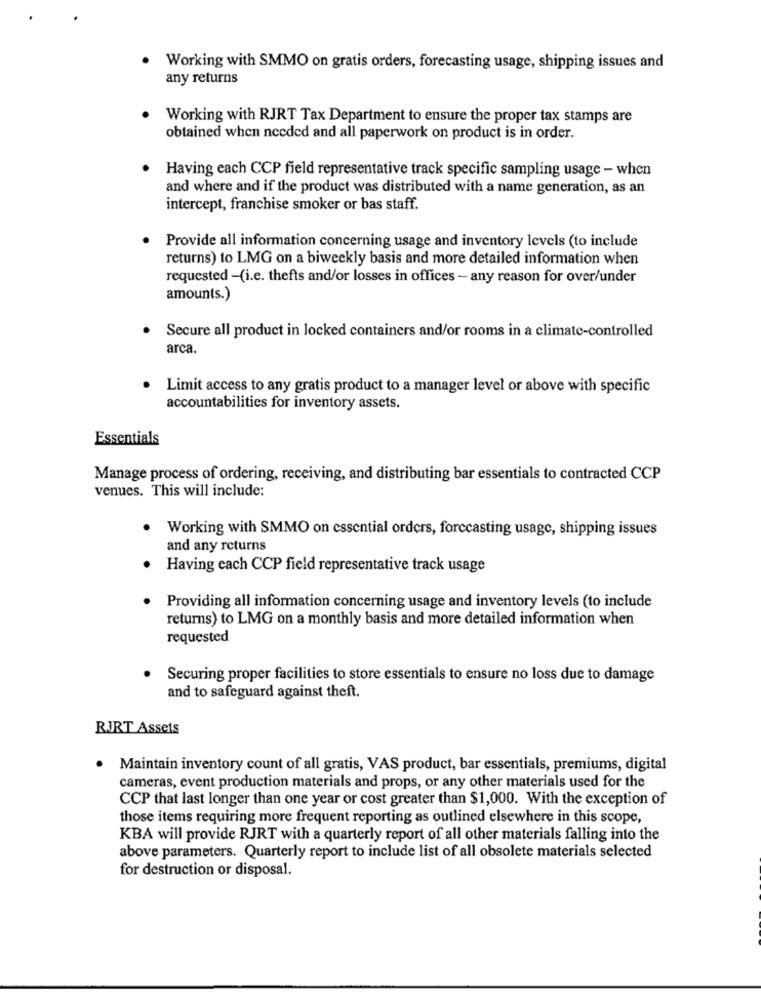
Working with SMMO on gratis orders, forecasting usage, shipping issues and
any returns
Working with RJRT Tax Department to ensure the proper tax stamps are
obtained when needed and all paperwork on product is in order.
Having each CCP field representative track specific sampling usage - when
and where and if the product was distributed with a name generation, as an
intercept, franchise smoker or bas staff.
Provide all information concerning usage and inventory levels (to include
returns) to LMG on a biweekly basis and more detailed information when
requested -(i.e. thefts and/or losses in offices - any reason for over/under
amounts.)
Secure all product in locked containers and/or rooms in a climate-controlled
arca.
Limit access to any gratis product to a manager level or above with specific
accountabilities for inventory assets.
Essentials
Manage process of ordering, receiving, and distributing bar essentials to contracted CCP
venues. This will include:
Working with SMMO on essential orders, forecasting usage, shipping issues
and any returns
Having each CCP field representative track usage
Providing all information concerning usage and inventory levels (to include
returns) to LMG on a monthly basis and more detailed information when
requested
Securing proper facilities to store essentials to ensure no loss due to damage
and to safeguard against theft.
RJRT Assets
Maintain inventory count of all gratis, VAS product, bar essentials, premiums, digital
cameras, event production materials and props, or any other materials used for the
CCP that last longer than one year or cost greater than $1,000. With the exception of
those items requiring more frequent reporting as outlined elsewhere in this scope,
KBA will provide RJRT with a quarterly report of all other materials falling into the
above parameters. Quarterly report to include list of all obsolete materials selected
for destruction or disposal.